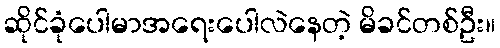
ဆိုင်ခုံပေါမာအရေးပေါလဲနေတဲ့ မိခင်တစ်ဦး။